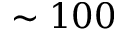
\sim 1 0 0